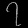
Digit: ၇